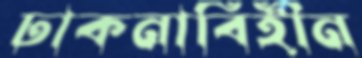
ঢাকনাবিহীন